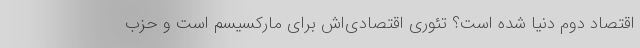
اقتصاد دوم دنیا شده است؟ تئوری اقتصادی‌اش برای مارکسیسم است و حزب